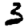
Digit: 3